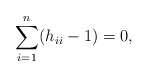
\begin{align*}\sum_{i=1}^n (h_{ii}-1) = 0,\end{align*}